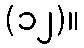
(၁၂)။